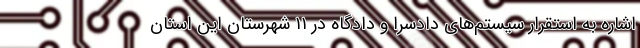
اشاره به استقرار سیستم‌های دادسرا و دادگاه در ۱۱ شهرستان این استان